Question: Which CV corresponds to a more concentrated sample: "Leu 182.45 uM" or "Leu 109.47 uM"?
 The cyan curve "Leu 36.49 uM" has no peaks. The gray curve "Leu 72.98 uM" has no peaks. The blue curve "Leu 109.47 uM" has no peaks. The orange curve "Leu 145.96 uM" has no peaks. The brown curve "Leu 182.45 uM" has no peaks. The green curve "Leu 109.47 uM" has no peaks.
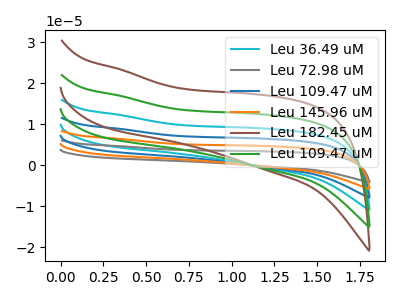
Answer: <think>Neither "Leu 182.45 uM" or "Leu 109.47 uM" have any peaks.
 </think>
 <answer>I cant tell if "Leu 182.45 uM" or "Leu 109.47 uM" has higher concentration.</answer>
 <eval>mixed_concentration</eval>